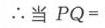
$\therefore$当$PQ=$